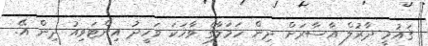
ޤައުމީ ދާރުލް އާސާރަށް ދިން ހަމަލާގެ ވާހަކަ ވަހީދު އިންޓަވިއު ދިން އޭ.